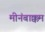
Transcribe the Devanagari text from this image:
मीनंबाक्कम